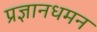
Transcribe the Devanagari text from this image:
प्रज्ञानधमन